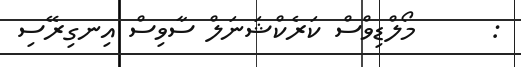
:      މޯލްޑިވްސް ކަރެކްޝަނަލް ސާވިސް އިނގިރޭސި